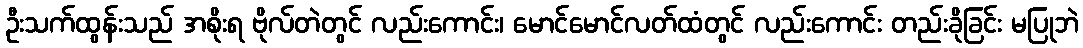
ဦးသက်ထွန်းသည် အစိုးရ ဗိုလ်တဲတွင် လည်းကောင်း၊ မောင်မောင်လတ်ထံတွင် လည်းကောင်း တည်းခိုခြင်း မပြုဘဲ